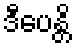
ဒီပေန္တိ